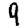
Digit: 9